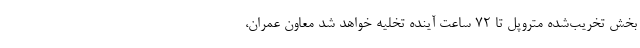
بخش تخریب‌شده متروپل تا ۷۲ ساعت آینده تخلیه خواهد شد معاون عمران،